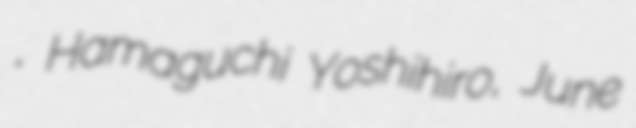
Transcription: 喜博, Hamaguchi Yoshihiro, June